65_HS1-834228961_62-HQ-83894_Section_3
Agency: FBI
Page 190
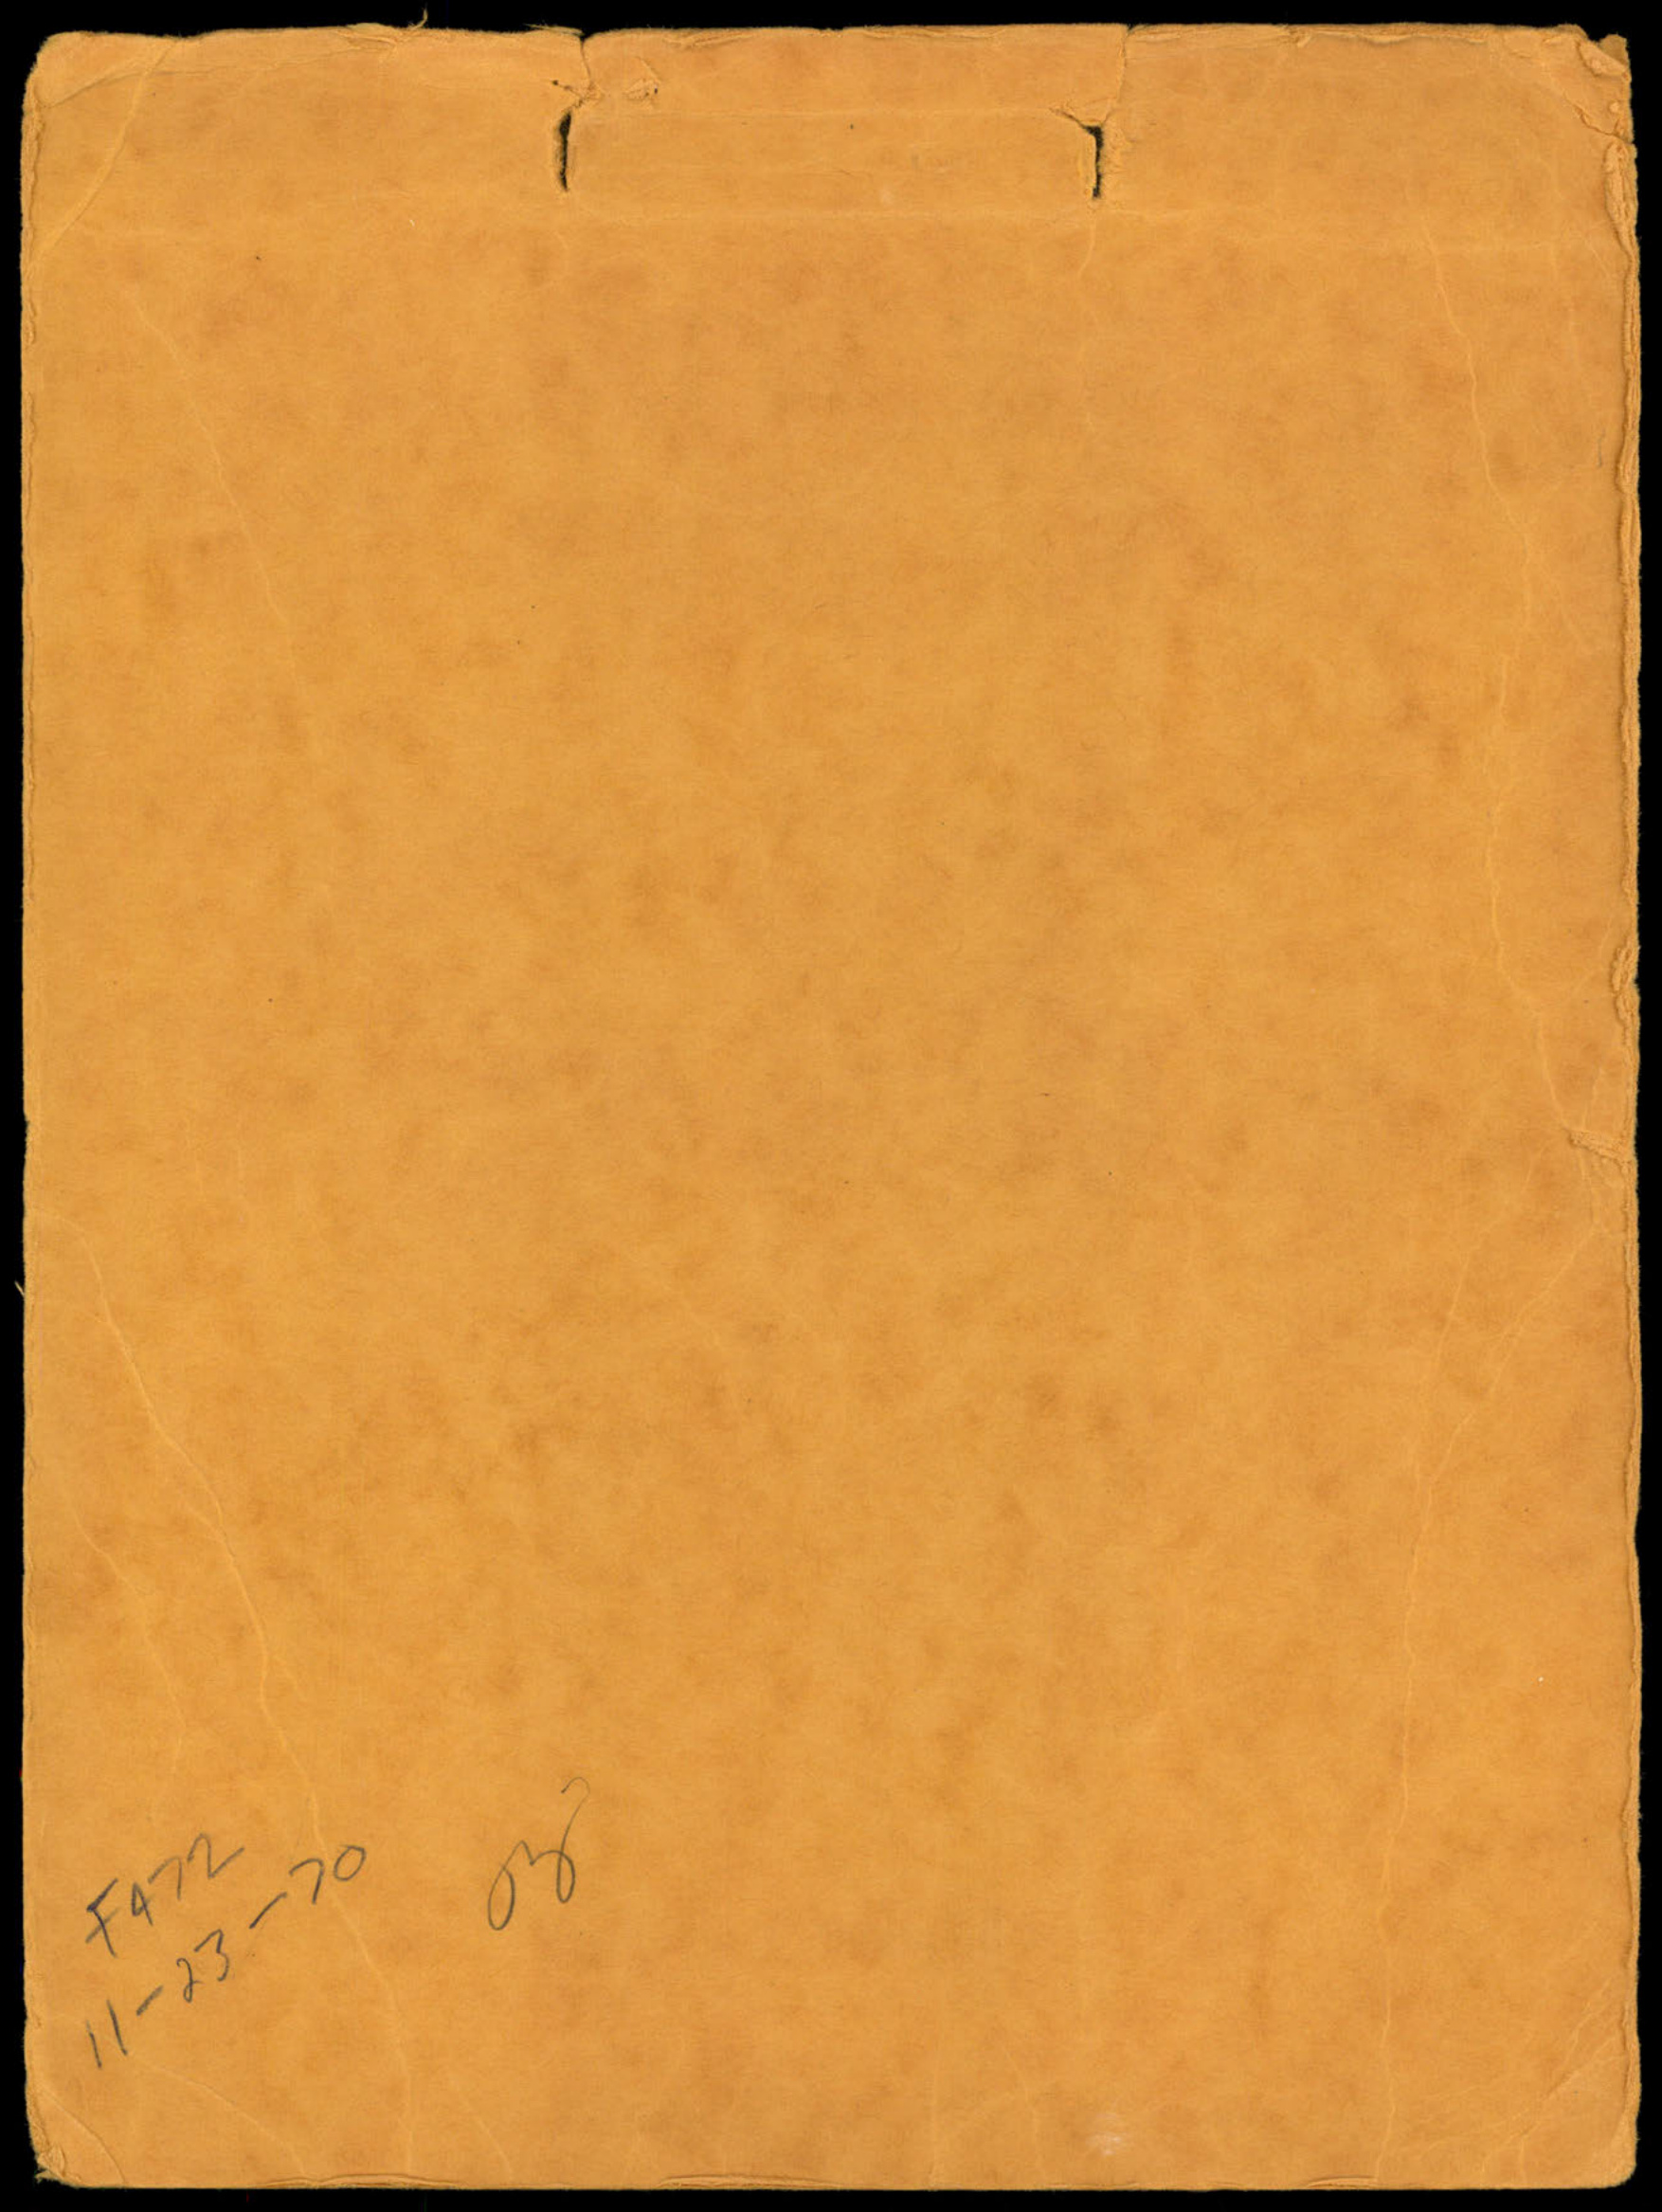